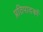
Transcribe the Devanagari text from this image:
प्रतिपादर्को